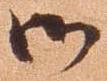
御